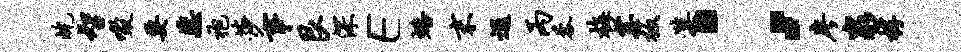
屹智啜要蕊袍莎事艮深E蟠末遐丙蓉梅塞板漠；廖泉椁